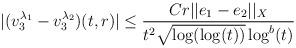
LaTeX: \begin{align*} |(v_{3}^{\lambda_{1}}-v_{3}^{\lambda_{2}})(t,r)| &\leq \frac{C r ||e_{1}-e_{2}||_{X}}{t^{2} \sqrt{\log(\log(t))} \log^{b}(t)}\end{align*}